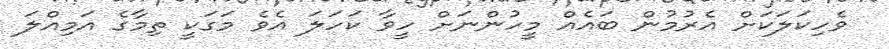
ވެހިކަލަކަށް އެރުމުން ބައެއް މީހުންނަށް ހީވާ ކަހަލަ އެވެ މަގަކީ ތިމާގެ އަމިއްލަ